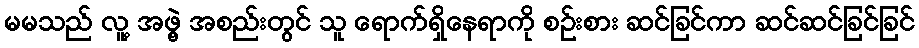
မမသည် လူ့ အဖွဲ့ အစည်းတွင် သူ ရောက်ရှိနေရာကို စဉ်းစား ဆင်ခြင်ကာ ဆင်ဆင်ခြင်ခြင်